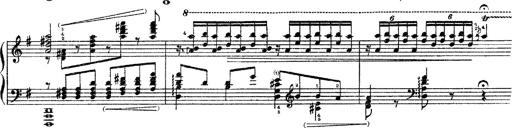
Title: 3 sonetti di Petrarca
Composer: Franz Liszt